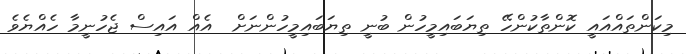
މިކަންތައްއައީ ކޮންތާކުންހޭ ތިޔަބައިމީހުން ބުނީ ތިޔަބައިމީހުންނަށް  އެއް އައިސް ޖެހުނީމާ ހެއްޔެވެ